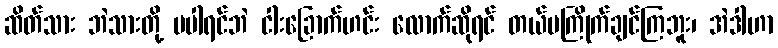
ဆိတ်သား ဘဲသားတို့ မပါရင်ဘဲ ငါးခြောက်ဟင်း လောက်ဆိုရင် တယ်မကြိုက်ချင်ကြဘူး၊ အဲဒါဟာ